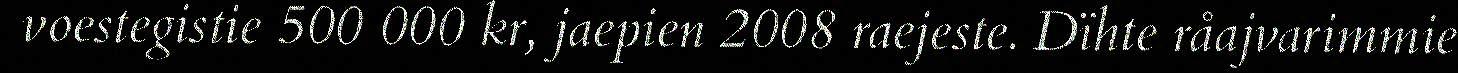
voestegistie 500 000 kr, jaepien 2008 raejeste. Dïhte råajvarimmie